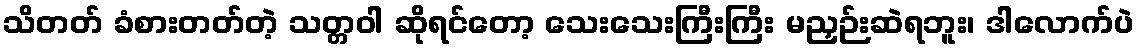
သိတတ် ခံစားတတ်တဲ့ သတ္တဝါ ဆိုရင်တော့ သေးသေးကြီးကြီး မညှဉ်းဆဲရဘူး၊ ဒါလောက်ပဲ